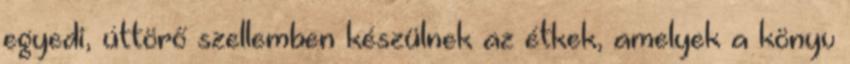
egyedi, úttörő szellemben készülnek az étkek, amelyek a könyv